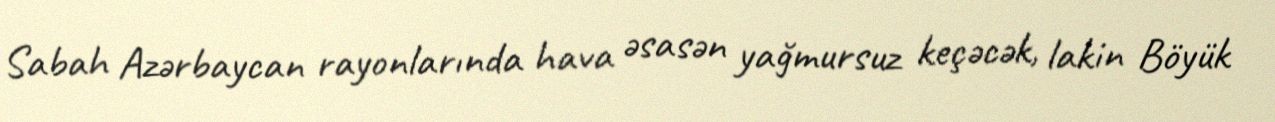
Sabah Azərbaycan rayonlarında hava əsasən yağmursuz keçəcək, lakin Böyük